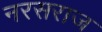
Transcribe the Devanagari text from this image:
नरसराज